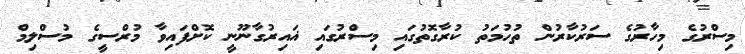
މިސްރުގެ މިހާރުގެ ސަރުކާރުން ތުހުމަތު ކުރާގޮތުގައި މިސްރުގައި ޣައިރުގާނޫނީ ކޮށްފައިވާ މުރްސީގެ މުސްލިމް